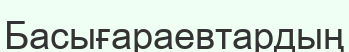
Басығараевтардың